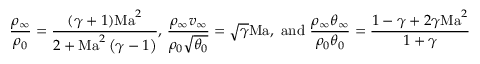
\frac { \rho _ { \infty } } { \rho _ { 0 } } = \frac { ( \gamma + 1 ) \mathrm { M a } ^ { 2 } } { 2 + \mathrm { M a } ^ { 2 } \left( \gamma - 1 \right) } \mathrm { , ~ } \frac { \rho _ { \infty } v _ { \infty } } { \rho _ { 0 } \sqrt { \theta _ { 0 } } } = \sqrt { \gamma } \mathrm { M a , ~ a n d ~ } \frac { \rho _ { \infty } \theta _ { \infty } } { \rho _ { 0 } \theta _ { 0 } } = \frac { 1 - \gamma + 2 \gamma \mathrm { M a } ^ { 2 } } { 1 + \gamma }